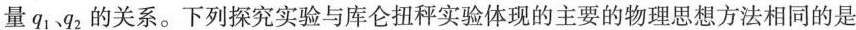
量q1q2的关系。下列探究实验与库仑扭秤实验体现的主要的物理思想方法相同的是